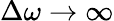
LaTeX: \Delta\omega\rightarrow\infty